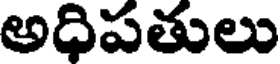
అధిపతులు